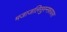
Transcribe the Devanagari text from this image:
मजाजलिसुस्नफ़ायस